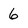
Character: 6